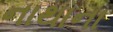
નાથાના